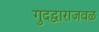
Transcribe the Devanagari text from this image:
गुदद्वाराजवळ